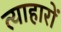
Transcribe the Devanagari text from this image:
त्याहारों